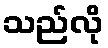
သည်လို